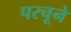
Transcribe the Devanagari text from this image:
परचूने